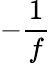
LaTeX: -{\frac{1}{f}}